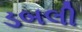
ડબલી